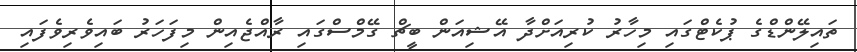
ތައިލޭންޑްގެ ޕުކެޓްގައި މިހާރު ކުރިއަށްދާ އޭޝިއަން ބީޗް ގޭމްސްގައި ރާއްޖެއިން މިފަހަރު ބައިވެރިވެފައި